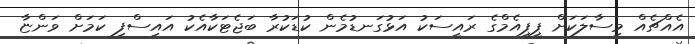
އެއްޗެއް މިސާލަކަށް ޕީޕީއެމްގެ ރައީސަކު އަޅުގަނޑުމެން ކުޑަކުރާ ބަޖެޓަކާއެކު އައިސްފި ކަމަށް ވަންޏާ